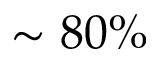
\sim 8 0 \%